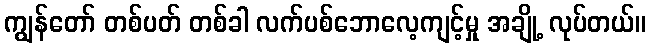
ကျွန်တော် တစ်ပတ် တစ်ခါ လက်ပစ်ဘောလေ့ကျင့်မှု အချို့ လုပ်တယ်။